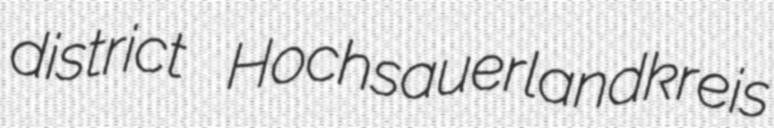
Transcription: district Hochsauerlandkreis